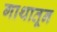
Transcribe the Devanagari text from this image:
गाथातून